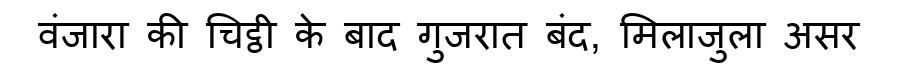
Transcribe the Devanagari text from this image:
वंजारा की चिट्ठी के बाद गुजरात बंद, मिलाजुला असर